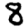
Digit: 8